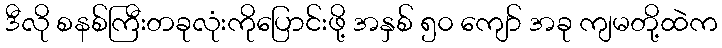
ဒီလို စနစ်ကြီးတခုလုံးကိုပြောင်းဖို့ အနှစ် ၅၀ ကျော် အခု ကျမတို့ထဲက